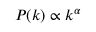
P ( k ) \propto k ^ { \alpha }